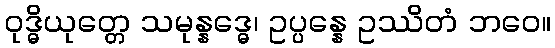
ဝုဒ္ဓိယုတ္တေ သမုန္နဒ္ဓေ၊ ဥပ္ပန္နေ ဥဿိတံ ဘဝေ။